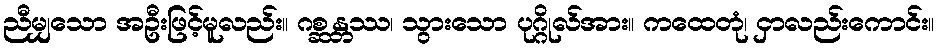
ညီမျှသော အဦးဖြင့်မူလည်း။ ဂစ္ဆန္တဿ၊ သွားသော ပုဂ္ဂိုလ်အား။ ကထေတုံ၊ ငှာလည်းကောင်း။